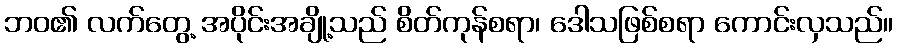
ဘဝ၏ လက်တွေ့ အပိုင်းအချို့သည် စိတ်ကုန်စရာ၊ ဒေါသဖြစ်စရာ ကောင်းလှသည်။